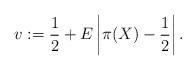
LaTeX: \begin{align*}v:=\frac{1}{2}+E\left|\pi(X)-\frac{1}{2}\right|.\end{align*}